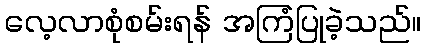
လေ့လာစုံစမ်းရန် အကြံပြုခဲ့သည်။